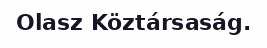
Olasz Köztársaság.